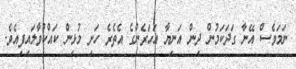
ނަމަވެސް އޭނާ ގަދަކަމުން ދިން އަނިޔާ އަހަރެންގެ އެތެރެ ހަށި މުޅިން ކައްކުވާލައިފިއެވެ.